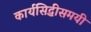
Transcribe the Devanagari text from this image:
कार्यसिद्धीसमयी